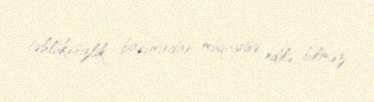
təhlükəsizlik baxımından müqayisə edilə bilməz.